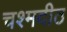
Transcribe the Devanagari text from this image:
चश्मदीठ